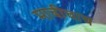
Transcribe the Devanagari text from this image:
माचीचाच